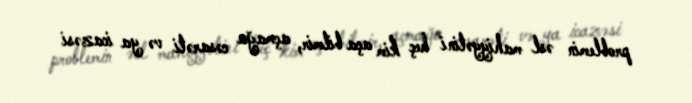
problemin əsl mahiyyətini heç kim aça bilmir, açmağa cəsarəti və ya icazəsi